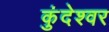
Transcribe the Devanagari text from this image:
कुंदेश्वर